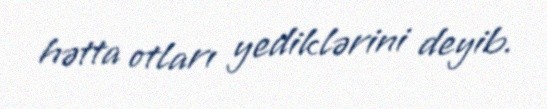
hətta otları yediklərini deyib.